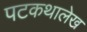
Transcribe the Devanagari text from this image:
पटकथालेख